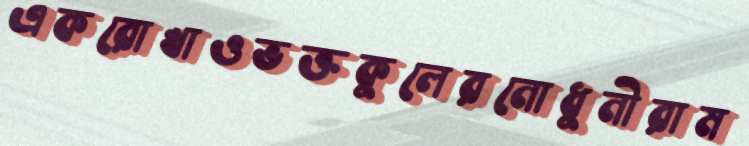
একরোখাওভক্তকুলেরনোধুনীরাম